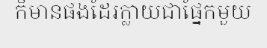
ក៏មានផងដែរក្លាយជាផ្នែកមួយ